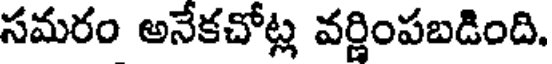
సమరం అనేకచోట్ల వర్ణింపబడింది.